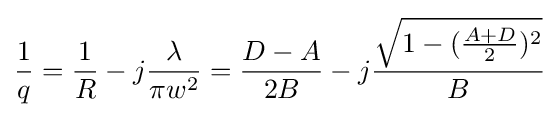
{\frac {1}{q}}={\frac {1}{R}}-j{\frac {\lambda }{\pi w^{2}}}={\frac {D-A}{2B}}-j{\frac {\sqrt {1-({\frac {A+D}{2}})^{2}}}{B}}